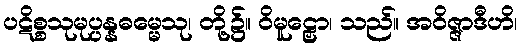
ပဋိစ္စသုမုပ္ပန္နဓမ္မေသု၊ တို့၌။ ဝိမူဠှော၊ သည်။ အဝိဇ္ဇာဒီဟိ၊